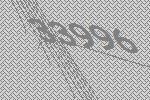
33996